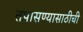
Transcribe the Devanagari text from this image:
तपासण्यासाठीची